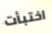
اختبأت